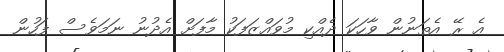
އެ ރޭ އެތަނުން ވާހަކަ ދެއްކި މުވައްޒަފަކު މާފަށް އެދުނު ނަމަވެސް ފަހުން